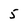
Character: 5